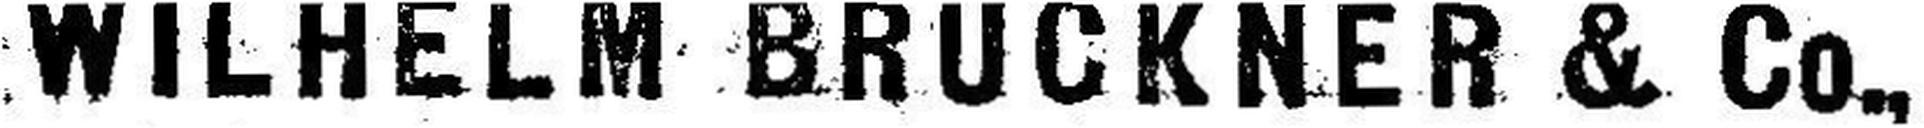
WILHELM BRÜCKNEN & Co.,